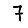
Digit: 7